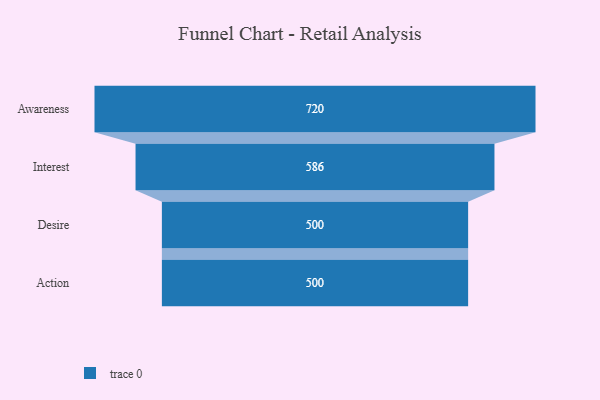
{"axis": {"x": "Stage", "y": "Value"}, "legend": [""], "data": [{"x": "Awareness", "y": 720.0, "type": ""}, {"x": "Interest", "y": 586.0, "type": ""}, {"x": "Desire", "y": 500, "type": ""}, {"x": "Action", "y": 500, "type": ""}]}